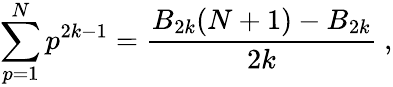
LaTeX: \sum_{p=1}^{N}p^{2k-1}={\frac{B_{2k}(N+1)-B_{2k}}{2k}}\ ,